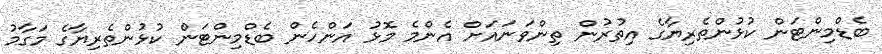
ބެޑްމިންޓަން ކުޅުންތެރިޔާގެ އިތުރުން ތިންވަނައަށް އެންމެ މޮޅު އަންހެން ބެޑްމިންޓަން ކުޅުންތެރިޔާގެ މަގާމު